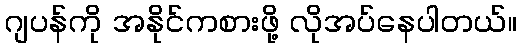
ဂျပန်ကို အနိုင်ကစားဖို့ လိုအပ်နေပါတယ်။